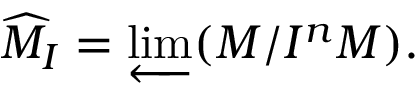
{ \widehat { M } } _ { I } = \varprojlim ( M / I ^ { n } M ) .